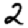
Digit: 2